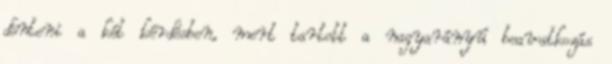
dönteni a két kérdésben, mert tartott a nagyarányú beavatkozás